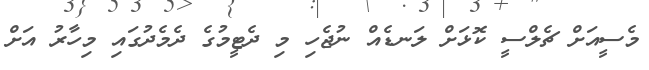
މެސީއަށް ޗެލްސީ ކޮޅަށް ލަނޑެއް ނުޖެހި މި ދެޓީމުގެ ދެމެދުގައި މިހާރު އަށް